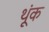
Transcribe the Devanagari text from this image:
थूंक